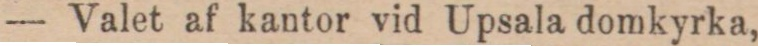
— Valet af kantor vid Upsala domkyrka,